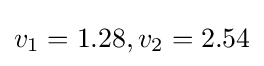
v_{1}=1.28,v_{2}=2.54